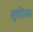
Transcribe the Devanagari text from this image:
सूफीज्म